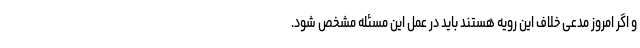
و اگر امروز مدعی خلاف این رویه هستند باید در عمل این مسئله مشخص شود.